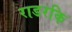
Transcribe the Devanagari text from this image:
राडरकि